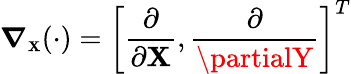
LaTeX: \boldsymbol{\nabla_{\scriptscriptstyle\mathbf{X}}}(\cdot)=\left[\frac{{\partial}}{{\partial\mathbf{X}}},\frac{{\partial}}{{\partialY}}\right]^{T}